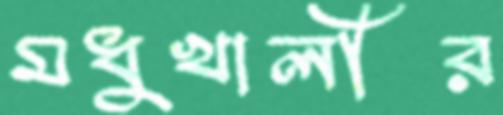
মধুখালীর